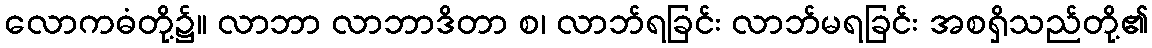
လောကဓံတို့၌။ လာဘာ လာဘာဒိတာ စ၊ လာဘ်ရခြင်း လာဘ်မရခြင်း အစရှိသည်တို့၏